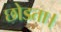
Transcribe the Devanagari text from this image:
छोडता।